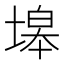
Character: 𱗤